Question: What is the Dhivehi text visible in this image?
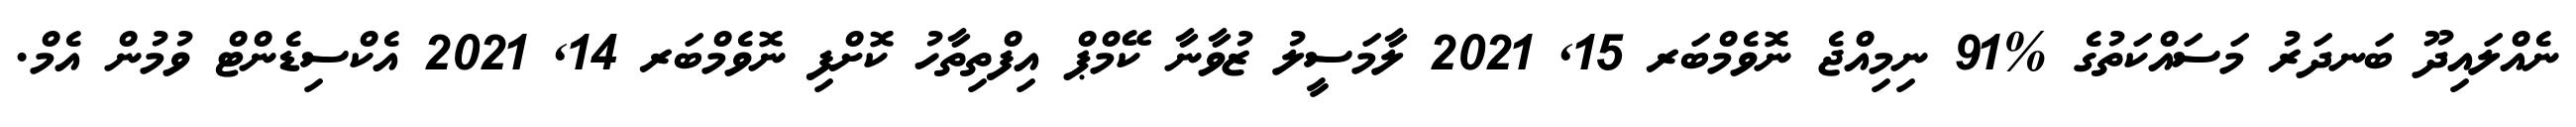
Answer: ނެއްލައިދޫ ބަނދަރު މަސައްކަތުގެ %91 ނިމިއްޖެ ނޮވެމްބަރ 15, 2021 ލާމަސީލު ޒުވާނާ ކޭމްޕް އިފްތިތާހު ކޮށްފި ނޮވެމްބަރ 14, 2021 އެކްސިޑެންޓް ވުމުން އެމް.